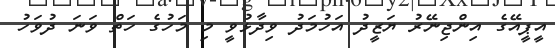
އީޕީއޭގެ އިންޖިނޭރު ޔަޒީދު އަހުމަދު ވިދާޅުވީ މި މަހުގެ ހަތް ވަނަ ދުވަހު